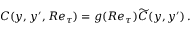
C ( y , y ^ { \prime } , R e _ { \tau } ) = g ( R e _ { \tau } ) \widetilde { C } ( y , y ^ { \prime } ) \, .